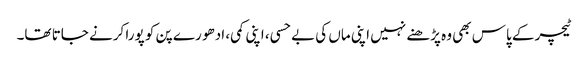
ٹیچر کے پاس بھی وہ پڑھنے نہیں اپنی ماں کی بے حسی، اپنی کمی، ادھو رے پن کو پورا کرنے جاتا تھا۔